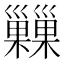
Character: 𢀌